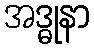
အဒ္ဓုနာ